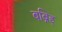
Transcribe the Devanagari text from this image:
बब्निड्